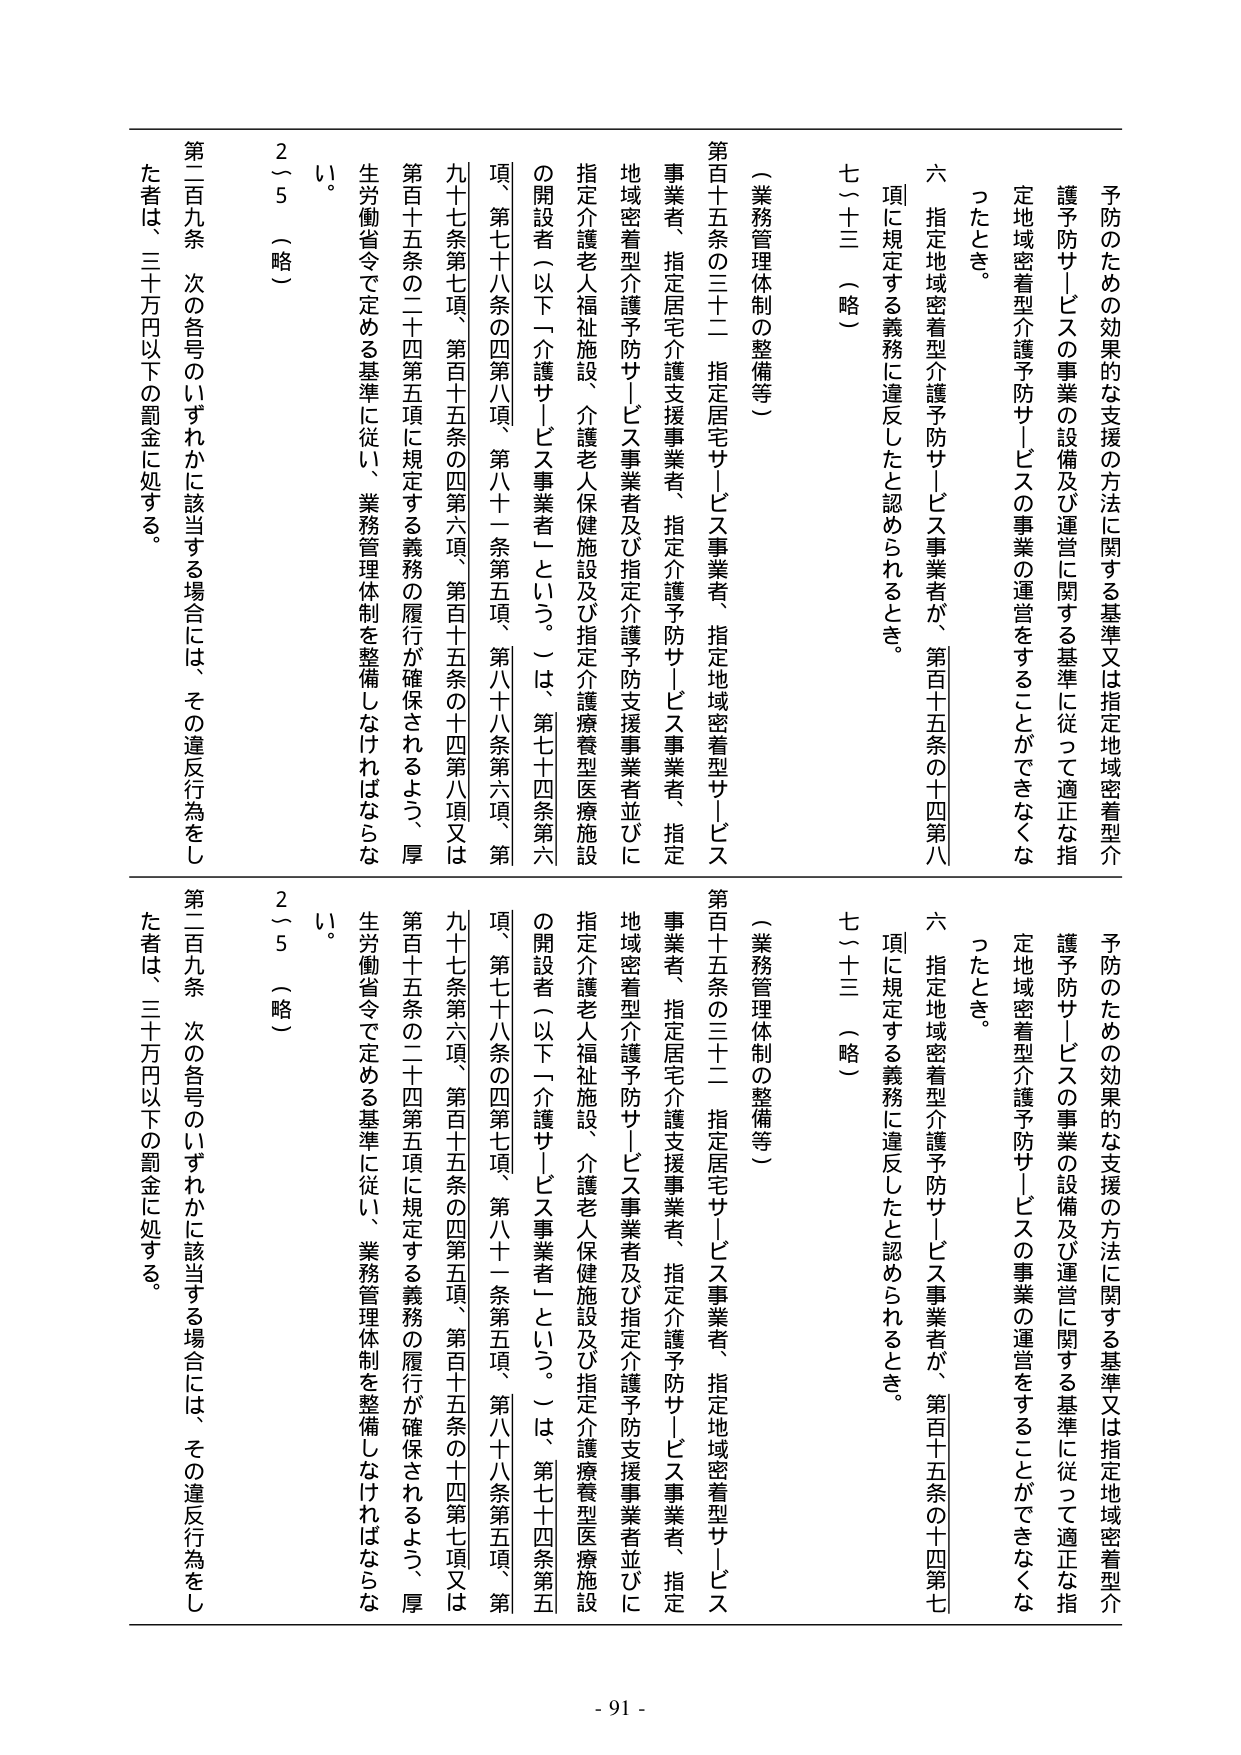
予防のための効果的な支援の方法に関する基準又は指定地域密着型介護予防サービスの事業の設備及び運営に関する基準に従って適正な指定地域密着型介護予防サービスの事業の運営をすることができなくなったとき。

六 指定地域密着型介護予防サービス事業者が、第百十五条の十四第八項に規定する義務に違反したと認められるとき。

七～十三 （略）

（業務管理体制の整備等）

第百十五条の三十二 指定居宅サービス事業者、指定地域密着型サービス事業者、指定居宅介護支援事業者、指定介護予防サービス事業者、指定地域密着型介護予防サービス事業者及び指定介護予防支援事業者並びに指定介護老人福祉施設、介護老人保健施設及び指定介護療養型医療施設の開設者（以下「介護サービス事業者」という。）は、第七十四条第六項、第七十八条の四第八項、第八十一条第五項、第八十八条第六項、第九十七条第七項、第百十五条の四第六項、第百十五条の十四第八項又は第百十五条の二十四第五項に規定する義務の履行が確保されるよう、厚生労働省令で定める基準に従い、業務管理体制を整備しなければならない。

2～5 （略）

第二百九条 次の各号のいずれかに該当する場合には、その違反行為をした者は、三十万円以下の罰金に処する。

予防のための効果的な支援の方法に関する基準又は指定地域密着型介護予防サービスの事業の設備及び運営に関する基準に従って適正な指定地域密着型介護予防サービスの事業の運営をすることができなくなったとき。

六 指定地域密着型介護予防サービス事業者が、第百十五条の十四第七項に規定する義務に違反したと認められるとき。

七～十三 （略）

（業務管理体制の整備等）

第百十五条の三十二 指定居宅サービス事業者、指定地域密着型サービス事業者、指定居宅介護支援事業者、指定介護予防サービス事業者、指定地域密着型介護予防サービス事業者及び指定介護予防支援事業者並びに指定介護老人福祉施設、介護老人保健施設及び指定介護療養型医療施設の開設者（以下「介護サービス事業者」という。）は、第七十四条第五項、第七十八条の四第七項、第八十一条第五項、第八十八条第五項、第九十七条第六項、第百十五条の四第五項、第百十五条の十四第七項又は第百十五条の二十四第五項に規定する義務の履行が確保されるよう、厚生労働省令で定める基準に従い、業務管理体制を整備しなければならない。

2～5 （略）

第二百九条 次の各号のいずれかに該当する場合には、その違反行為をした者は、三十万円以下の罰金に処する。

- 91 -